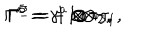
\Gamma ^ { a } = \gamma ^ { a } \otimes { \tau _ { 3 } } , \hspace { 1 c m } \Gamma ^ { \underline { { { 3 } } } } = { \bf 1 } \otimes { \tau _ { 2 } } , \hspace { 1 c m } \Gamma ^ { 5 } = - { \bf 1 } \otimes { \tau _ { 1 } } ,